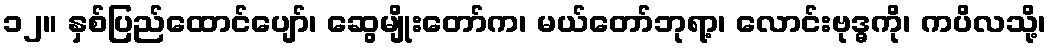
၁၂။ နှစ်ပြည်ထောင်ပျော်၊ ဆွေမျိုးတော်က၊ မယ်တော်ဘုရာ့၊ လောင်းဗုဒ္ဓကို၊ ကပိလသို့၊